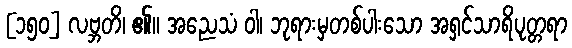
[၁၅၀] လဗ္ဘတိ၊ ၏။ အညေသံ ဝါ၊ ဘုရားမှတစ်ပါးသော အရှင်သာရိပုတ္တရာ